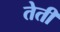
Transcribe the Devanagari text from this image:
तेती